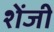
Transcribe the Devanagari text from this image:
शेंजी